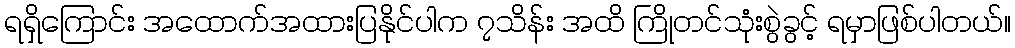
ရရှိကြောင်း အထောက်အထားပြနိုင်ပါက ၇သိန်း အထိ ကြိုတင်သုံးစွဲခွင့် ရမှာဖြစ်ပါတယ်။